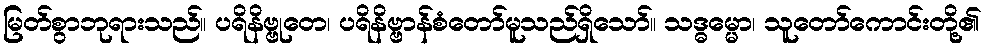
မြတ်စွာဘုရားသည်။ ပရိနိဗ္ဗုတေ၊ ပရိနိဗ္ဗာန်စံတော်မူသည်ရှိသော်။ သဒ္ဓမ္မော၊ သူတော်ကောင်းတို့၏